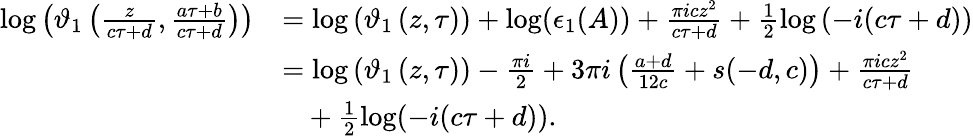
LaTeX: \begin{array}{rl}{\log\left(\vartheta_{1}\left(\frac{z}{c\tau+d},\frac{a\tau+b}{c\tau+d}\right)\right)}&{=\log\left(\vartheta_{1}\left(z,\tau\right)\right)+\log(\epsilon_{1}(A))+\frac{\pi icz^{2}}{c\tau+d}+\frac{1}{2}\log\left(-i(c\tau+d)\right)}\\ &{=\log\left(\vartheta_{1}\left(z,\tau\right)\right)-\frac{\pi i}{2}+3\pi i\left(\frac{a+d}{12c}+s(-d,c)\right)+\frac{\pi icz^{2}}{c\tau+d}}\\ {~~~~~~~}&{~~~+\frac{1}{2}\log(-i(c\tau+d)).}\end{array}